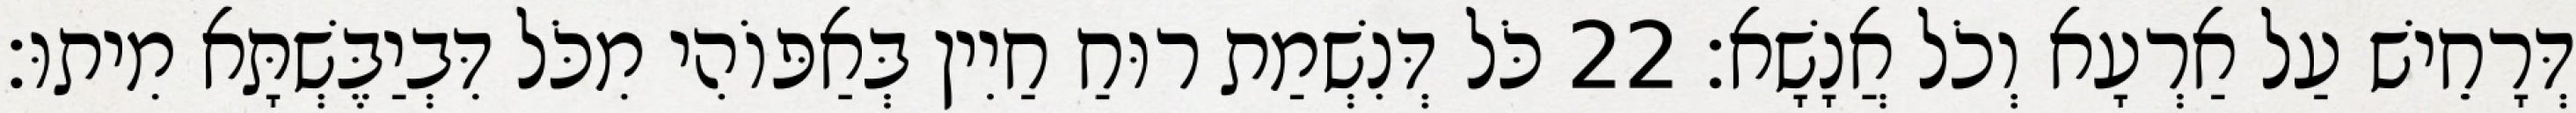
דְּרָחֵישׁ עַל אַרְעָא וְכֹל אֲנָשָׁא׃ 22 כֹּל דְּנִשְׁמַת רוּחַ חַיִין בְּאַפּוֹהִי מִכֹּל דִּבְיַבֶּשְׁתָּא מִיתוּ׃